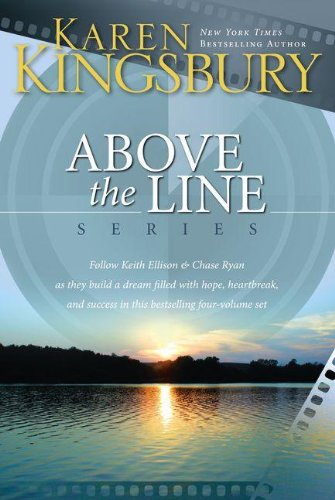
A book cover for Take One, Take Two, Take Three, Take Four (Above the Line Series) Boxed Set; Karen Kingsbury; Christian Books & Bibles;